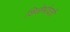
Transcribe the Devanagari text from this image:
शिळेभोवती